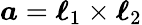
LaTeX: \boldsymbol{a}=\boldsymbol{\ell}_{1}\times\boldsymbol{\ell}_{2}